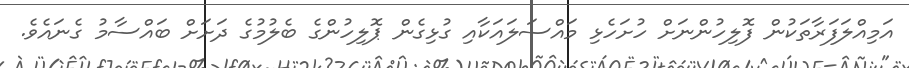
އަމިއްލަފަރާތަކުން ފޮލިހުންނަށް ހުށަހެޅި މައްސަލައަކާއި ގުޅިގެން ޕޮލިހުންގެ ބެލުމުގެ ދަށަށް ބައްސާމު ގެނައެވެ.